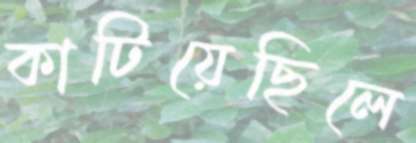
কাটিয়েছিলে